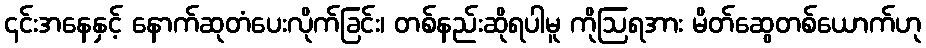
၎င်းအနေနှင့် နောက်ဆုတံပေးလိုက်ခြင်း၊ တစ်နည်းဆိုရပါမူ ကိုဩရအား မိတ်ဆွေတစ်ယောက်ဟု